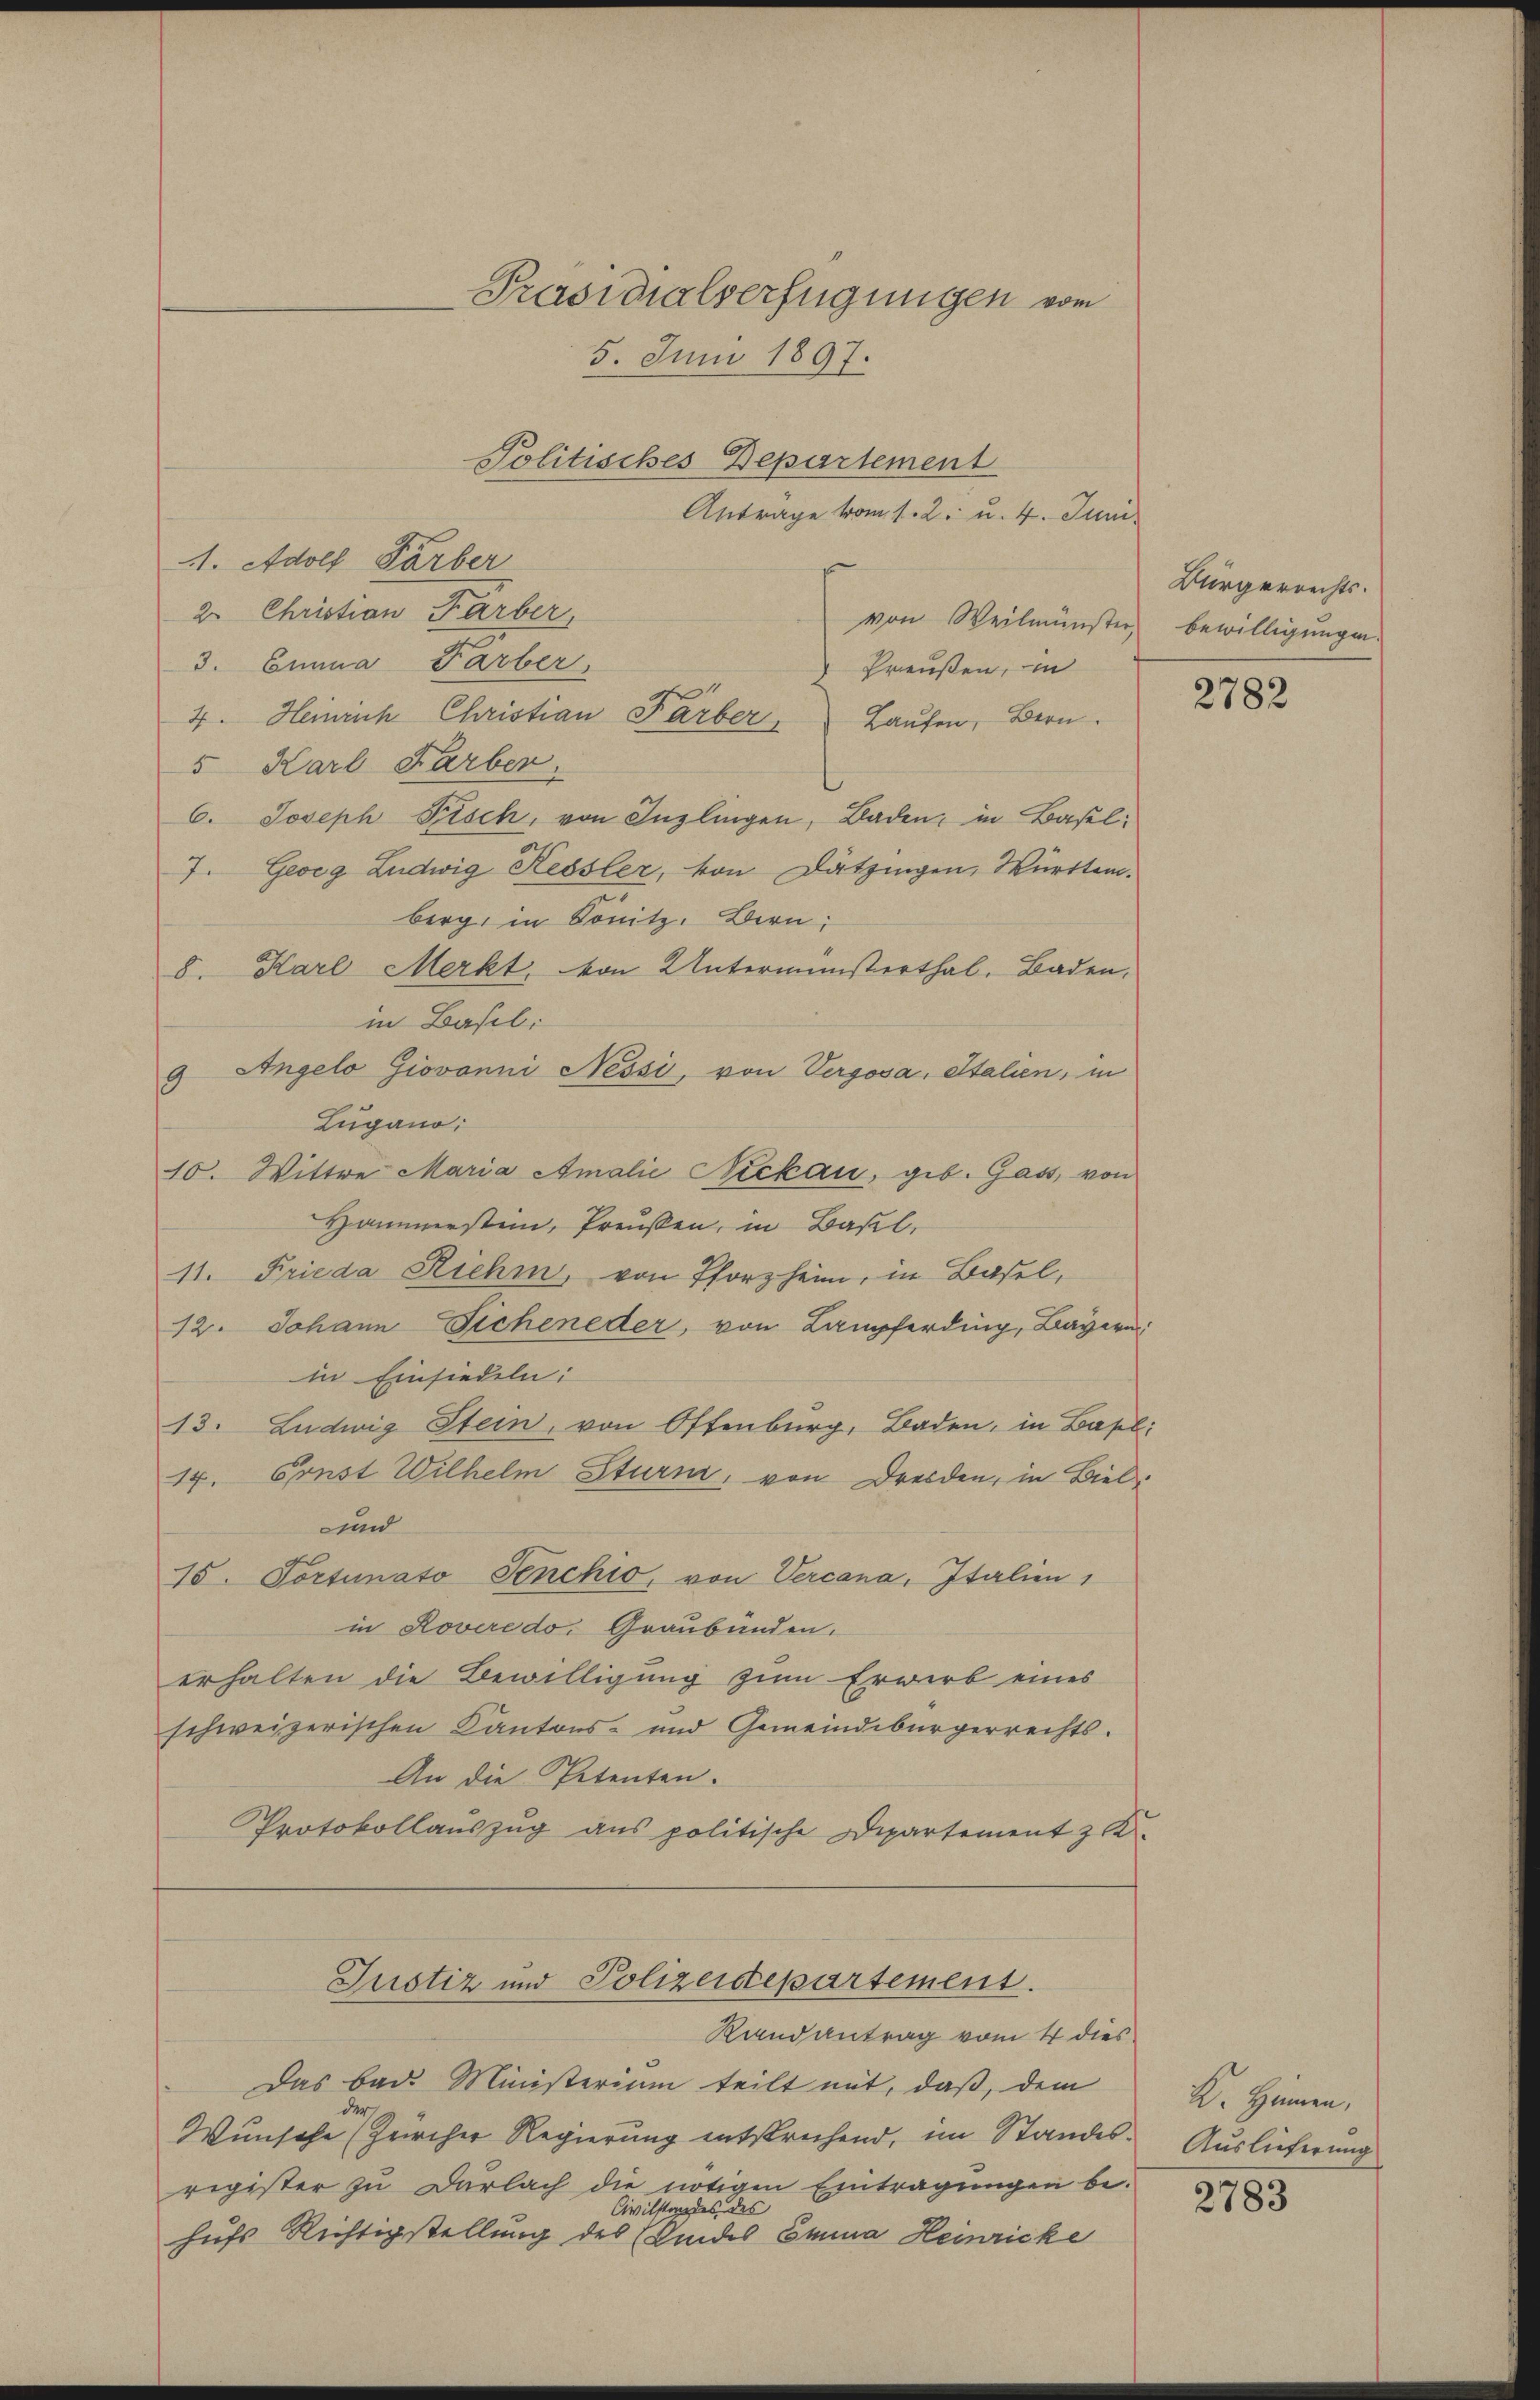
Präsidialverfügungen vom
5. Juni 1897.

Politisches Departement
Antrage vom 1. 2. u. 4. Juni.
A. Adolf Färber
2. Christian Farber,
von Weilmünster,
3. Einna Farber.
Preußen, in
4. Heinrich Christian Farber, Laŭfen, Bern.
5 Karl Farber.
6. Joseph Fisch, von Inzlingen, Baden, in Basel¬
7. Georg Ludwig Kessler, von Dätzingen, Württemberg in Sonitz, Bern;
8. Karl Merkt, von Unterministerthal. Baden,
in Basel:
9 Angelo Giovanni Nessi, von Vergosa, Italien, in
Lugano.
10. Wittwe Maria Amalie Neckau, geb. Gass, von
Hammersten, Preußen, in Basel,
11. Frieda Riehm, von Pforzheim, in Basel,
12. Johann Ficheneder, von Lampferding, Bayern
in Einsiedeln:
13. Ludwig Stein, von Offenburg, Baden, in Basel.
17. Const Wilhelm Sturm, von Dresden, in Biel-
uund
15. Portinato Senchio, von Vercana, Italien,
in Roveredo, Graubünden.
erhalten die Bewilligung zum Erwerb eines
schweizerischen Kantons- und Gemeindebürgerrechts-
An die Petenten.
Protokollauszug aus politische Departement z
Justiz und Polizeidepartement.
Randantrag vom 4 dies
Das bad. Ministerium teilt mit, daß, dem
der
Wunsche (Zürcher Regierung entsprechend, im Standesregister zu Darlach die nötigen Eintragungen be-
Civilstandes des
hufs Richtigstellung des Kindes Emma Heinricke

Bürgerrechts.
bewilligungen.

2782

K. Hammen,
Auslieferung

2783